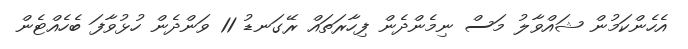
އެހެންކަމުން ޝައްވާލު މަސް ނިމެންދެން ފިހާރަތައް ރޭގަނޑު 11 ވަންދެން ހުޅުވާފަ ބެހެއްޓެން